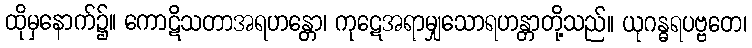
ထိုမှနောက်၌။ ကောဋိသတာအရဟန္တော၊ ကုဋေအရာမျှသောရဟန္တာတို့သည်။ ယုဂန္ဓရပဗ္ဗတေ၊